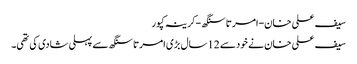
سیف علی خان-امرتا سنگھ -کرینہ کپور
سیف علی خان نے خودسے 12سال بڑی امرتاسنگھ سے پہلی شادی کی تھی۔